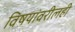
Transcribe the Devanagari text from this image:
विषयांवरीलही